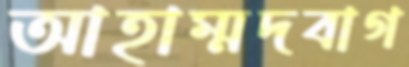
আহাম্মদবাগ